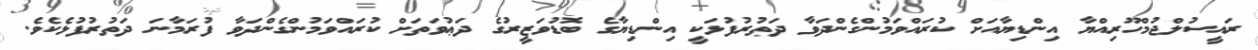
ރައީސުލްޖުމްހޫރިއްޔާ އިންޑިޔާއަށް ކުރައްވަމުންގެންދަވާ ދަތުރުފުޅަކީ އިންޑިޔާގެ ބޮޑުވަޒީރުގެ ދަޢުވަތަށް ކުރައްވަމުންގެންދަވާ ފުރަމާނަ ދަތުރުފުޅެކެވެ.